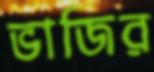
ভাজির